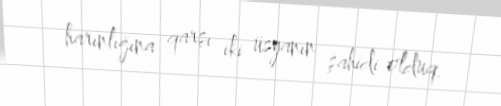
harınlığına qarşı iki üsyanın şahidi olduq.